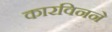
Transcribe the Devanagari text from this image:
कारविनने